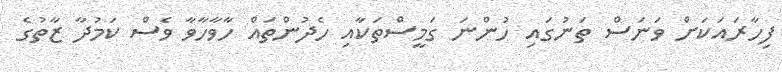
ފިހާރައަކަށް ވަނަސް ތަނުގައި ހުންނަ ގަމީސްތަކާއި ހެދުންތައް ހާވާހާވާ ވެސް ކަމުދާ ޒާތުގެ